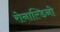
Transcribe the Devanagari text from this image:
रोनाल्डिनो